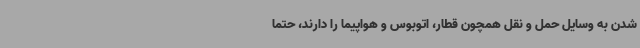
شدن به وسایل حمل و نقل همچون قطار، اتوبوس و هواپیما را دارند، حتما